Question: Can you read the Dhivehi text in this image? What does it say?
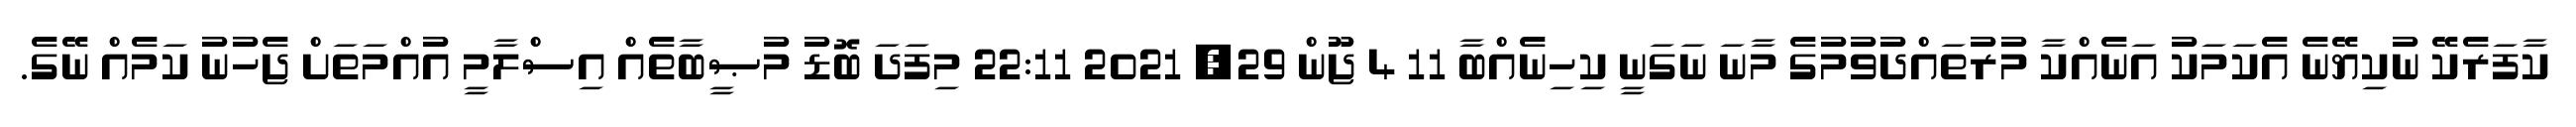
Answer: ކާފަރެކޭ ނުކިޔޭނެ އެކަމަކު އަނެއްކާ މުރުތައްދުވުމުގެ މާނަ ނަގަނީ ކިހިނެއްބާ 11 4 ޖޫން 29, 2021 22:11 މިފަދަ ބޮޑު މުޞީބާތެއް އިސްލާމީ އުއްމަތަށް ޖެހުނު ކަމެއް ނޭގެ.